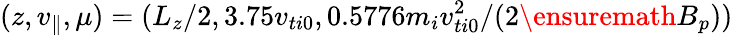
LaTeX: (z,v_{\parallel},\mu)=(L_{z}/2,3.75v_{ti0},0.5776m_{i}v_{ti0}^{2}/(2\ensuremath{B_{p}}))